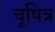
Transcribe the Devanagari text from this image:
चूषित्र